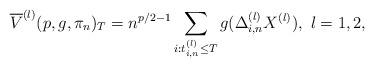
LaTeX: \begin{align*}\overline{V}^{(l)}(p,g,\pi_n)_T=n^{p/2-1}\sum_{i:t_{i,n}^{(l)}\leq T} g(\Delta_{i,n}^{(l)}X^{(l)}),~l=1,2,\end{align*}